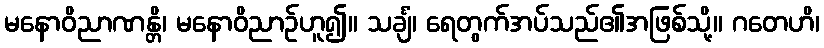
မနောဝိညာဏန္တိ၊ မနောဝိညာဉ်ဟူ၍။ သင်္ချံ၊ ရေတွက်အပ်သည်၏အဖြစ်သို့။ ဂတေဟိ၊